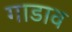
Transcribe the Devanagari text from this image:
गाडाव